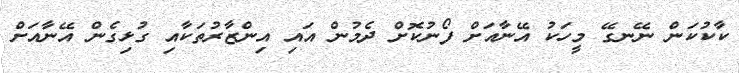
ކާކުކަން ނޭނގޭ މީހަކު އޭނާއަށް ފޯނުކޮށް ދެމުން އައި އިންޒާރުތަކާއި ގުޅިގެން އޭނާއަށް